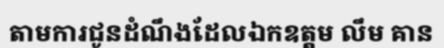
តាមការជូនដំណឹងដែលឯកឧត្តម លឹម គាន